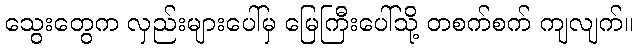
သွေးတွေက လှည်းများပေါ်မှ မြေကြီးပေါ်သို့ တစက်စက် ကျလျက်။